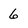
Character: 6